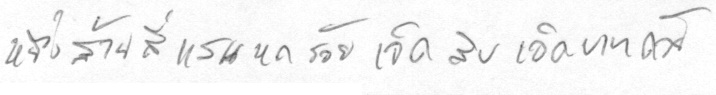
หนึ่งล้านสี่แสนหกร้อยเจ็ดสิบเอ็ดบาทถ้วน